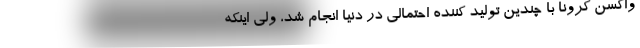
واکسن کرونا با چندین تولید کننده احتمالی در دنیا انجام شد، ولی اینکه